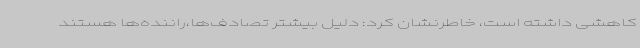
کاهشی داشته است، خاطرنشان کرد: دلیل بیشتر تصادف‌ها،راننده‌ها هستند